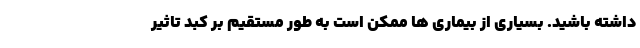
داشته باشید. بسیاری از بیماری ها ممکن است به طور مستقیم بر کبد تاثیر